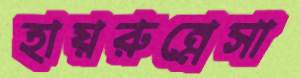
হায়রুন্নেসা